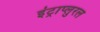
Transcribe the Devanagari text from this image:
इंट्राप्लुरल